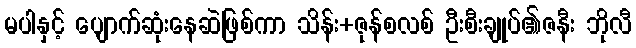
မပါနှင့် ပျောက်ဆုံးနေဆဲဖြစ်ကာ သိန်း+ဇုန်စလစ် ဦးစီးချုပ်၏ဇနီး ဘိုလီ